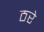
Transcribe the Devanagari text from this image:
ठरे